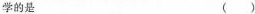
学的是 （ ）